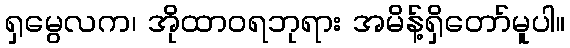
ရှမွေလက၊ အိုထာဝရဘုရား အမိန့်ရှိတော်မူပါ။